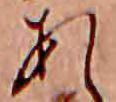
あ